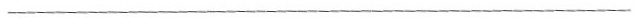
___